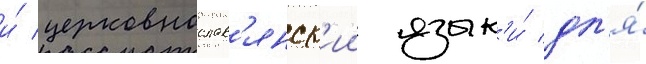
и́ церковнослав'янск'ии язык'и́ дл'я́